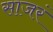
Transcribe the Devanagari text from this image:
साजरं